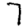
Digit: 7